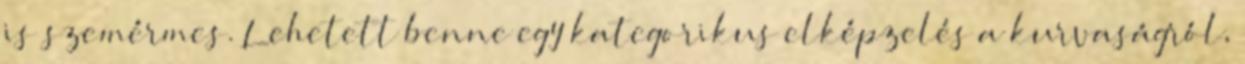
is szemérmes. Lehetett benne egy kategorikus elképzelés a kurvaságról,